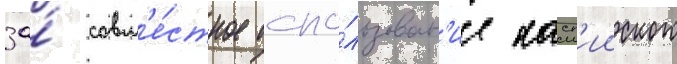
за́ совм'е́стное испо́льзован'ие касп'ииского